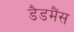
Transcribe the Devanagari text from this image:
डैडमैंस